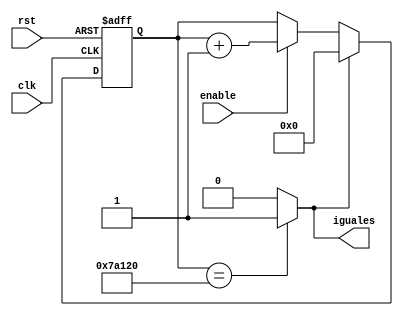
`timescale 1ns / 1ps

//////////////////////////////////////////////////////////////////////////////////
// Company: ITESO 
//////////////////////////////////////////////////////////////////////////////////

module Contador_Comparador(
	input	clk, rst,
	input enable,
	output reg iguales	
	);

// bloque contador
reg [25:0] CuentaCada20ns;

always @ (posedge rst or posedge clk) 
	begin
	  if (rst) CuentaCada20ns <= 0;  
	  else if (iguales) CuentaCada20ns <= 0;
			else if (enable) CuentaCada20ns <= CuentaCada20ns +1;
			else CuentaCada20ns <= CuentaCada20ns;
	end

// bloque comparador
always @(CuentaCada20ns)
	begin
		if (CuentaCada20ns ==500_000) 
			iguales = 'b1; 
		else iguales = 0;
end

endmodule